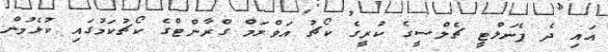
އައި ދެ ޕެނަލްޓީ ޗެލްސީގެ ކުރީގެ ކޯޗު އަވްރަމް ގްރާންޓްގެ ކޯޗުކަމުގައި ކުޅެމުން